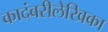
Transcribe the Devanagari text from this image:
कादंबरीलेखिका